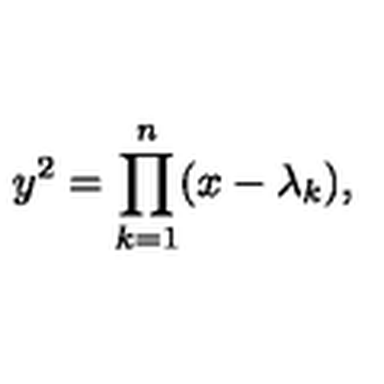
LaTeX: y ^ { 2 } = \prod _ { k = 1 } ^ { n } ( x - \lambda _ { k } ) ,